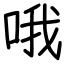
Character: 哦